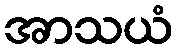
အာသယံ